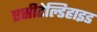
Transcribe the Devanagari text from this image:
एसीटेल्डिहाइड